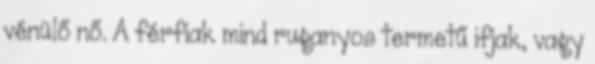
vénülő nő. A férfiak mind ruganyos termetű ifjak, vagy